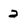
Character: 2